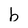
Character: b